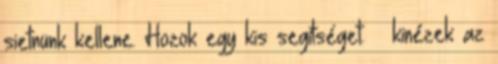
sietnünk kellene. Hozok egy kis segítséget. – kinézek az